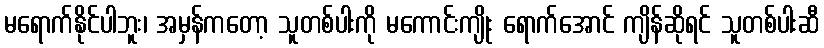
မရောက်နိုင်ပါဘူး၊ အမှန်ကတော့ သူတစ်ပါးကို မကောင်းကျိုး ရောက်အောင် ကျိန်ဆိုရင် သူတစ်ပါးဆီ